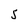
Character: S